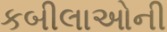
કબીલાઓની